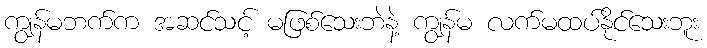
ကျွန်မဘက်က အဆင်သင့် မဖြစ်သေးဘဲနဲ့ ကျွန်မ လက်မထပ်နိုင်သေးဘူး